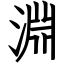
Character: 淵